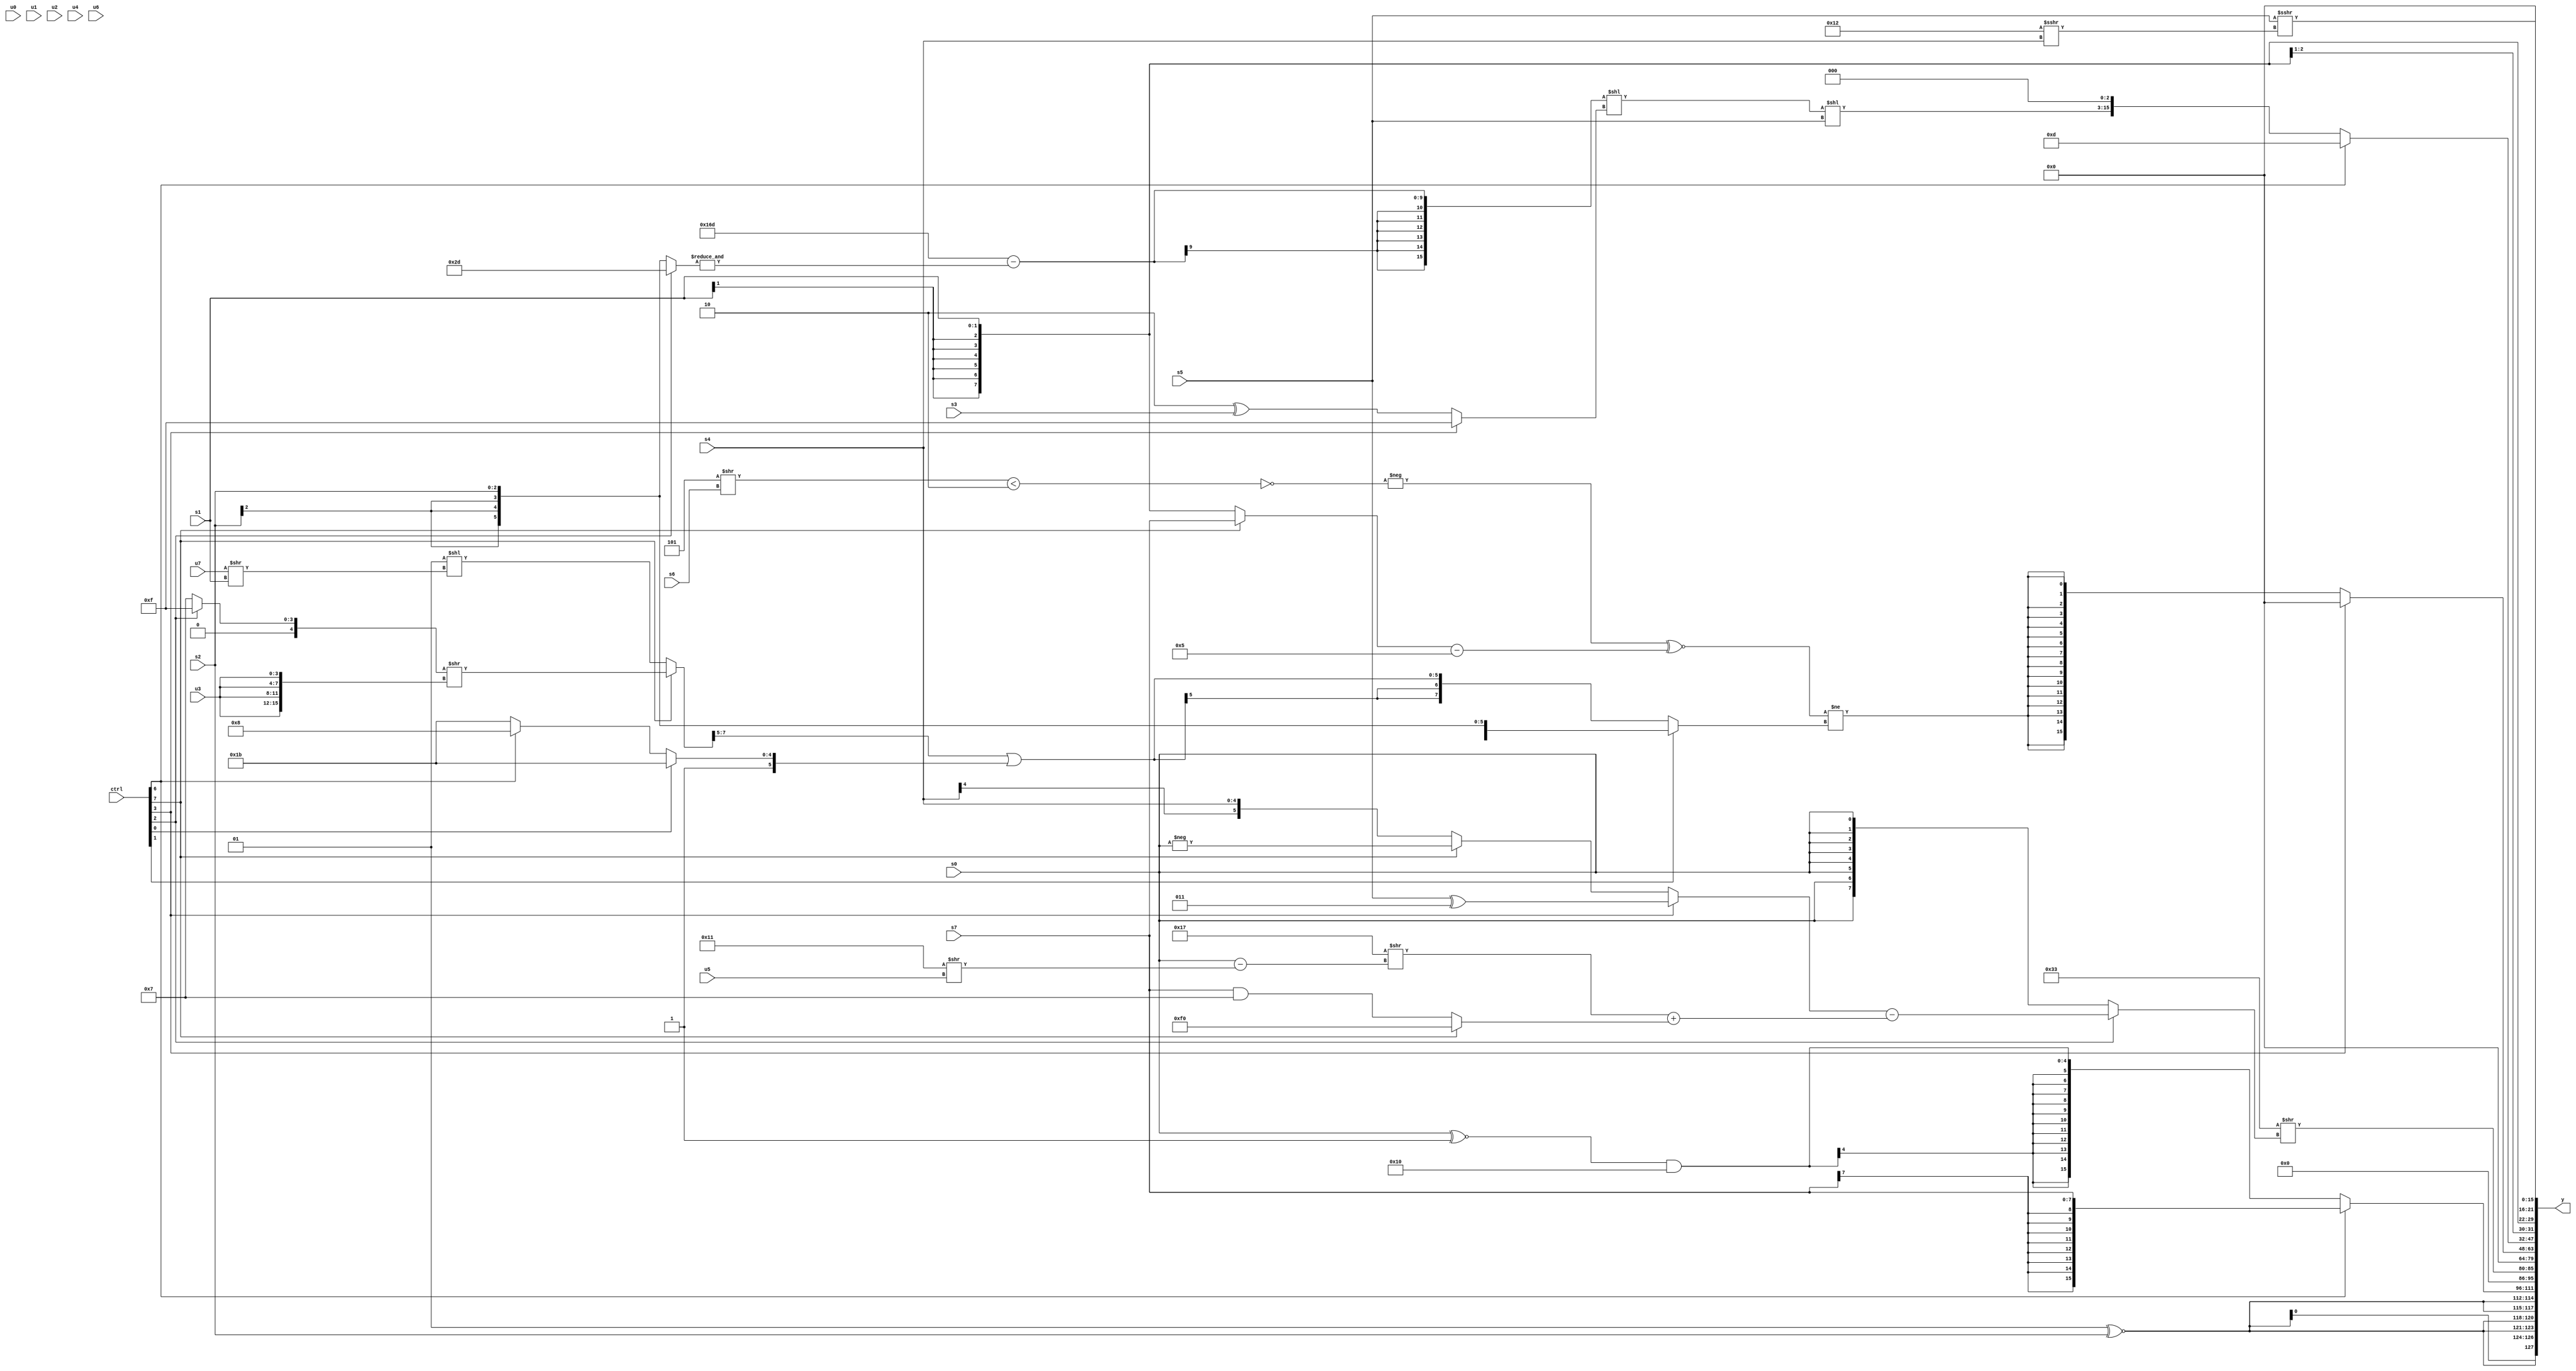
module wideexpr_00405(ctrl, u0, u1, u2, u3, u4, u5, u6, u7, s0, s1, s2, s3, s4, s5, s6, s7, y);
  input [7:0] ctrl;
  input [0:0] u0;
  input [1:0] u1;
  input [2:0] u2;
  input [3:0] u3;
  input [4:0] u4;
  input [5:0] u5;
  input [6:0] u6;
  input [7:0] u7;
  input signed [0:0] s0;
  input signed [1:0] s1;
  input signed [2:0] s2;
  input signed [3:0] s3;
  input signed [4:0] s4;
  input signed [5:0] s5;
  input signed [6:0] s6;
  input signed [7:0] s7;
  output [127:0] y;
  wire [15:0] y0;
  wire [15:0] y1;
  wire [15:0] y2;
  wire [15:0] y3;
  wire [15:0] y4;
  wire [15:0] y5;
  wire [15:0] y6;
  wire [15:0] y7;
  assign y = {y0,y1,y2,y3,y4,y5,y6,y7};
  assign y0 = {4{{3{+((2'sb01)^~(s2))}}}};
  assign y1 = (ctrl[6]?s7:$signed(($signed($signed((s0)^~(2'sb11))))&(5'sb10000)));
  assign y2 = {1{(6'b110011)>>((ctrl[2]?($signed($unsigned((ctrl[3]?($signed(s5))^(5'sb00011):(ctrl[7]?-(s0):s4)))))-($signed(((6'sb110111)>>(($unsigned(s0))-((5'b10001)>>(u5))))+($signed((ctrl[7]?+(6'sb110000):(s7)&(4'sb0111)))))):$signed(s0)))}};
  assign y3 = 1'sb0;
  assign y4 = (ctrl[3]?2'sb00:$signed(((-($signed((((3'sb101)>>(s6))<(4'sb1110))^~(!(3'sb100)))))^~(((ctrl[7]?s7:s1))-(5'sb00101)))!=((ctrl[1]?s2:(((ctrl[7]?((ctrl[2]?6'sb001111:5'sb00111))>>({4{u3}}):($signed(3'sb001))<<((u7)>>(s1))))>>>((5'sb00101)+((+(1'sb0))|($signed(2'sb00)))))|((ctrl[0]?4'sb1011:(ctrl[6]?$signed(6'sb101000):4'sb1011)))))));
  assign y5 = (ctrl[6]?6'sb001101:(((({3{(3'b100)^(2'b01)}})-(&((ctrl[2]?6'sb101101:s2))))<<((ctrl[3]?+(1'sb1):(2'sb10)^(+(s3)))))<<(s5))<<<(2'sb11));
  assign y6 = $signed($unsigned($signed({s1,(s5)>>>((6'sb010010)>>>(s4))})));
  assign y7 = 2'sb00;
endmodule